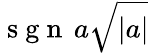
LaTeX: \mathrm{~s~g~n~}\, a\sqrt{|a|}